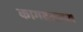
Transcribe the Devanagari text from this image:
कागदसदृश